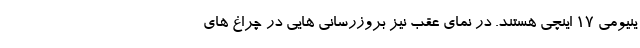
ینیومی 17 اینچی هستند. در نمای عقب نیز بروزرسانی هایی در چراغ های